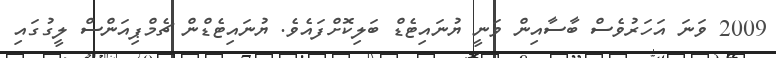
2009 ވަނަ އަހަރުވެސް ބާސާއިން ވަނީ ޔުނައިޓެޑް ބަލިކޮށްފައެވެ. ޔުނައިޓެޑްން ޗެމްޕިއަންސް ލީގުގައި